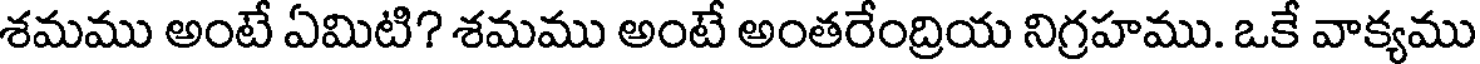
శమము అంటే ఏమిటి? శమము అంటే అంతరేంద్రియ నిగ్రహము. ఒకే వాక్యము